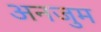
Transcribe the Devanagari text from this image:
अनजुम